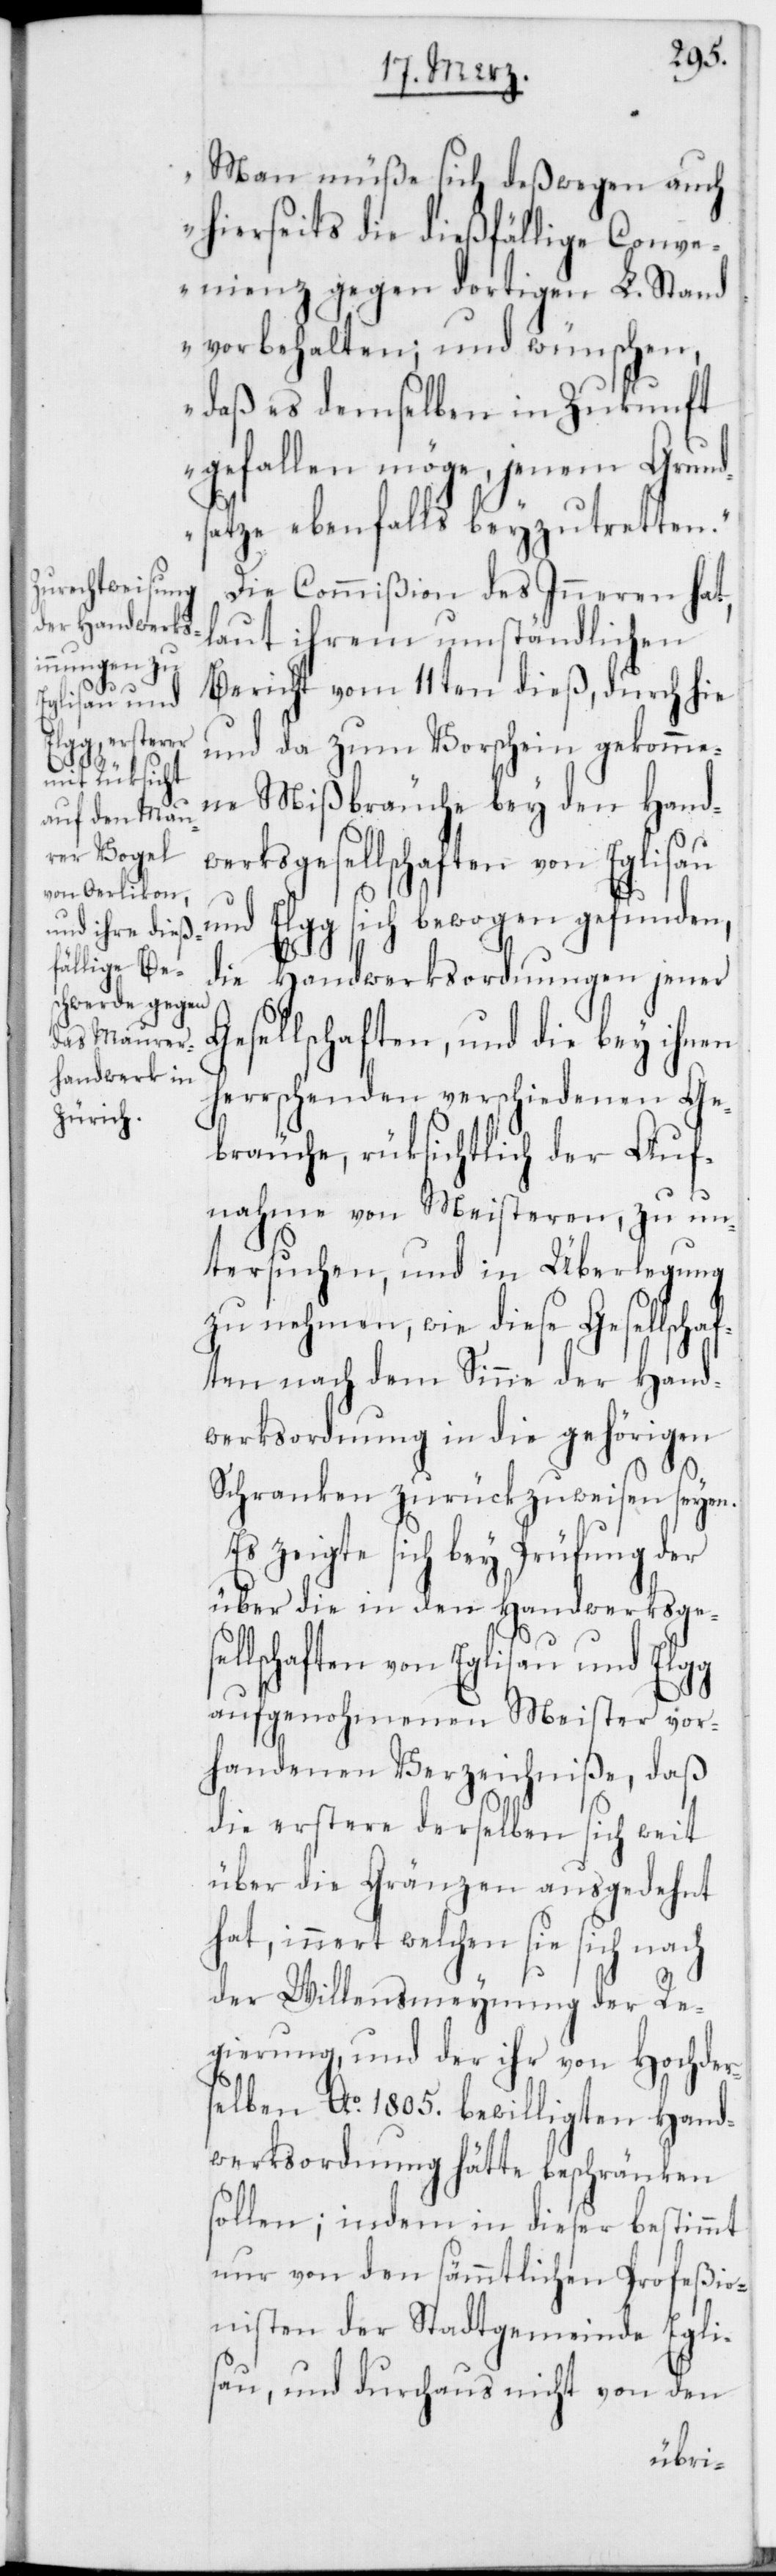
Man müße sich deßwegen auch
hierseits die dießfällige Conv¬
enienz gegen dortigen L. Stand
vorbehalten; und wünschen,
daß es demselben in Zukunft
gefallen möge, jenem Grund¬
satze ebenfalls beyzutretten.“
Die Commißion des Inneren hat,
laut ihrem umständlichen
Bericht vom 11ten dieß, durch hie
und da zum Vorschein gekomme¬
ne Mißbräuche bey den Hand¬
werksgesellschaften von Eglisau
und Elgg sich bewogen gefunden,
die Handwerksordnungen jener
Gesellschaften, und die bey ihnen
herrschenden verschiedenen Ge¬
bräuche, rüksichtlich der Auf¬
nahme von Meisteren, zu un¬
tersuchen, und in Überlegung
zu nehmen, wie diese Gesellscha¬
ften nach dem Sinne der Hand¬
werksordnung in die gehörigen
Schranken zurückzuweisen seyen
Es zeigte sich bey Prüfung der
über die in den Handwerksgese¬
llschaften von Eglisau und Elgg
aufgenohmenen Meister vor¬
handenen Verzeichniße, daß
die erstere derselben sich weit
über die Gränzen ausgedehnt
hat, innert welchen sie sich nach
der Willensmeynung der Re¬
gierung und der ihr von Hochder¬
selben Ao. 1805. bewilligten Hand¬
werksordnung hätte beschränken
sollen; indem in dieser bestimmt
nur von den sämmtlichen Profeßio¬
nisten der Stadtgemeinde Egli¬
sau, und durchaus nicht von den